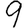
Digit: 9